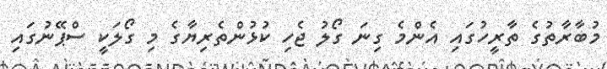
މުބާރާތުގެ ތާރީހުގައި އެންމެ ގިނަ ގޯލު ޖެހި ކުޅުންތެރިޔާގެ މި ގޯލަކީ ސްޕޭނުގައި